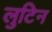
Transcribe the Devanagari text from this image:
लुटिन